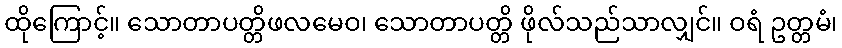
ထိုကြောင့်။ သောတာပတ္တိဖလမေဝ၊ သောတာပတ္တိ ဖိုလ်သည်သာလျှင်။ ဝရံ ဥတ္တမံ၊